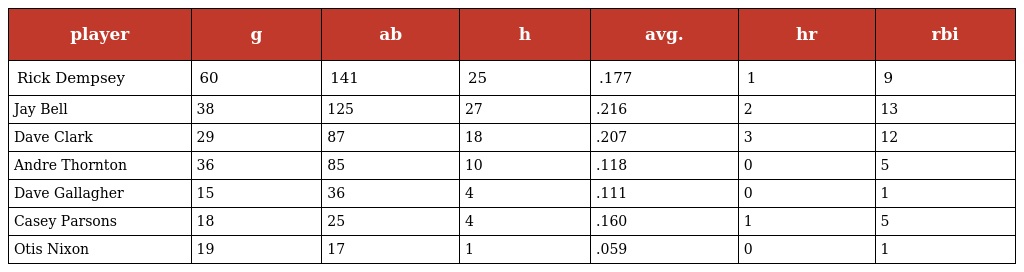
| player | g | ab | h | avg. | hr | rbi |
 | --- | --- | --- | --- | --- | --- | --- |
 | Rick Dempsey | 60 | 141 | 25 | .177 | 1 | 9 |
 | Jay Bell | 38 | 125 | 27 | .216 | 2 | 13 |
 | Dave Clark | 29 | 87 | 18 | .207 | 3 | 12 |
 | Andre Thornton | 36 | 85 | 10 | .118 | 0 | 5 |
 | Dave Gallagher | 15 | 36 | 4 | .111 | 0 | 1 |
 | Casey Parsons | 18 | 25 | 4 | .160 | 1 | 5 |
 | Otis Nixon | 19 | 17 | 1 | .059 | 0 | 1 |